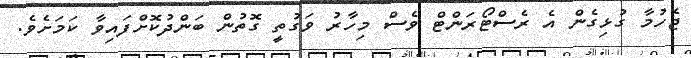
ޖެހުމާ ގުޅިގެން އެ ރެސްޓޯރަންޓް ވެސް މިހާރު ވަގުތީ ގޮތުން ބަންދުކޮށްފައިވާ ކަމަަށެވެ.